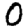
Digit: 0